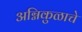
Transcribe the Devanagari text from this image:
अग्निकुळाचे